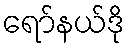
ရော်နယ်ဒို